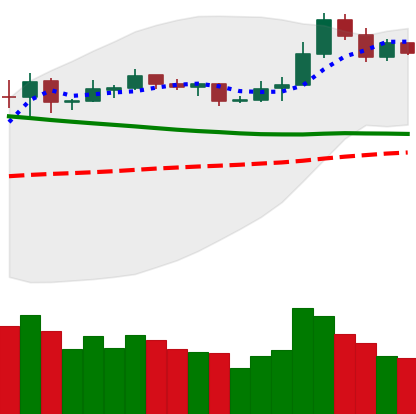
Ticker: NEO-USD
Chart end date: 2019-11-17
Forward return: -20.356%
Label: down_7plus